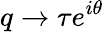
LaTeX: q\rightarrow\tau e^{i\theta}